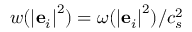
w ( { \left| { { { \bf { e } } _ { i } } } \right| ^ { 2 } } ) = \omega ( { \left| { { { \bf { e } } _ { i } } } \right| ^ { 2 } } ) / c _ { s } ^ { 2 }